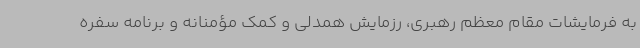
به فرمایشات مقام معظم رهبری، رزمایش همدلی و کمک مؤمنانه و برنامه سفره